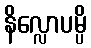
နိလ္လောပမ္ပိ